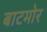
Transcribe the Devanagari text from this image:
बाटमोर